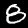
Digit: 8